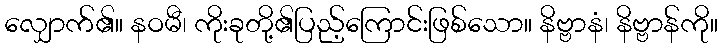
လျှောက်၏။ နဝမီ၊ ကိုးခုတို့၏ပြည့်ကြောင်းဖြစ်သော။ နိဗ္ဗာနံ၊ နိဗ္ဗာန်ကို။